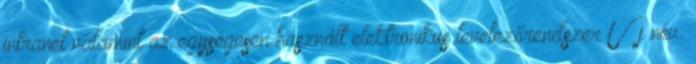
intranet valamint az egységesen használt elektronikus levelezőrendszer Új név: